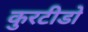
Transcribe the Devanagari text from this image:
कुरटीडो